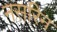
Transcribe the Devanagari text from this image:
नसरिन